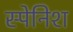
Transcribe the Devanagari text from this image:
स्‍पेनिश्‍ा